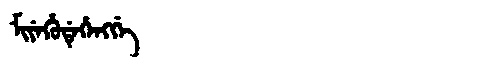
Manchu: ᠮᡳᠶᡝᡥᡠᡩᡝᡥᡝᠩᡤᡝ
Romanization: MIYEHUDEHENGGE